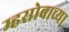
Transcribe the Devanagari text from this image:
म्हसोबाच्या